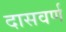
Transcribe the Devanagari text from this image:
दासवर्ण